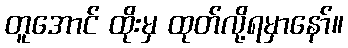
တူအောင် ထိုးမှ ထုတ်လို့ရမှာနော်။